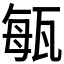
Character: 𤭐